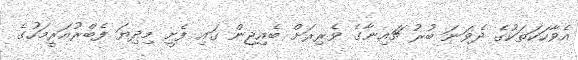
އެވާހަކަތަކުގެ ދެވަނަ ބުރު ޗައިނާގެ ވެރިރަށް ބެއިޖިން ގައި ފެށީ މިދިޔަ ފެބްރުއަރީމަހުގެ